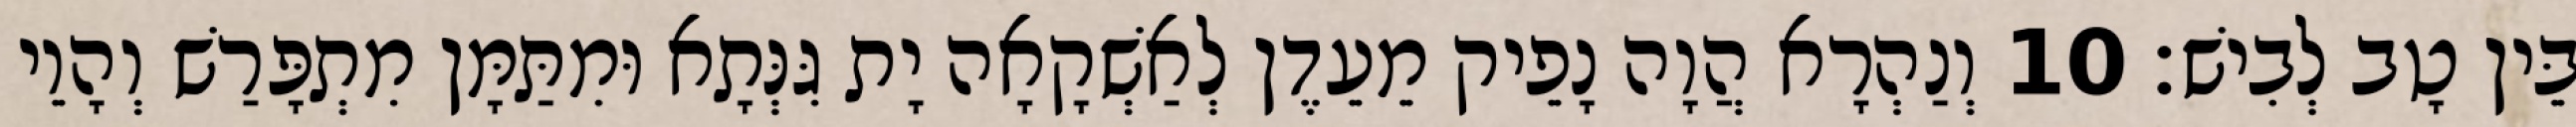
בֵּין טָב לְבִישׁ׃ 10 וְנַהְרָא הֲוָה נָפֵיק מֵעֵדֶן לְאַשְׁקָאָה יָת גִּנְּתָא וּמִתַּמָּן מִתְפָּרַשׁ וְהָוֵי